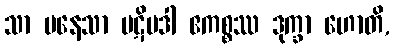
သာ ပနေသာ ပဋိပဒါ ဧကစ္စဿ ဒုက္ခာ ဟောတိ,